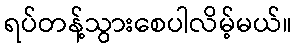
ရပ်တန့်သွားစေပါလိမ့်မယ်။